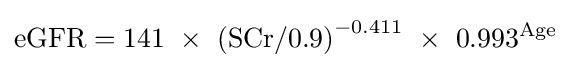
\mathrm {eGFR} =141\ \times \ \mathrm {(SCr/0.9)} ^{-0.411}\ \times \ 0.993^{\text{Age}}\